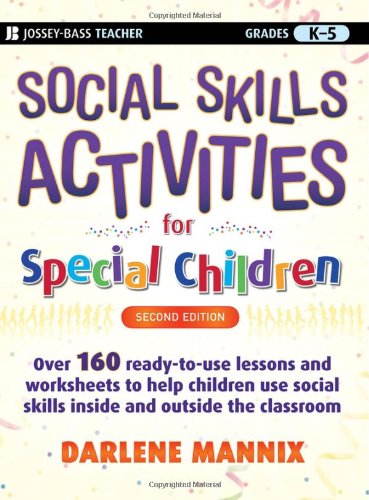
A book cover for Social Skills Activities for Special Children; Darlene Mannix; Education & Teaching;